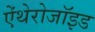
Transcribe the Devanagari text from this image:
ऐंथेरोजॉइड